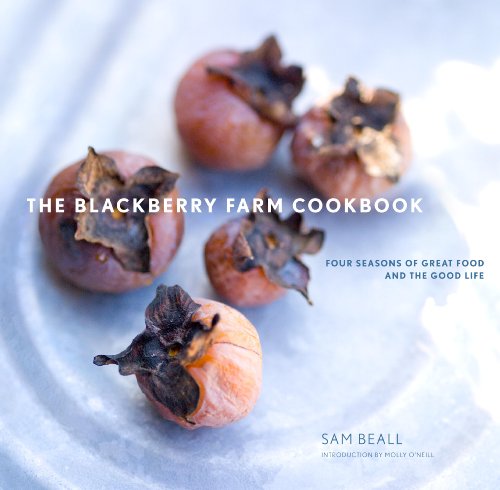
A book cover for The Blackberry Farm Cookbook: Four Seasons of Great Food and the Good Life; Sam Beall; Cookbooks, Food & Wine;